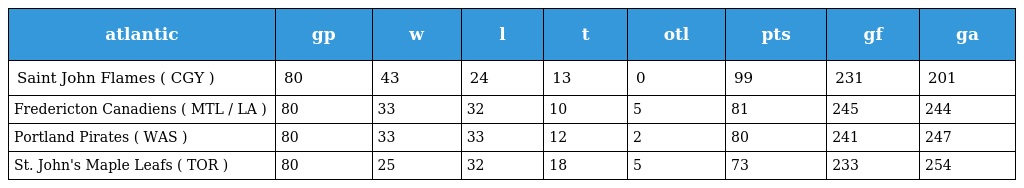
| atlantic | gp | w | l | t | otl | pts | gf | ga |
 | --- | --- | --- | --- | --- | --- | --- | --- | --- |
 | Saint John Flames ( CGY ) | 80 | 43 | 24 | 13 | 0 | 99 | 231 | 201 |
 | Fredericton Canadiens ( MTL / LA ) | 80 | 33 | 32 | 10 | 5 | 81 | 245 | 244 |
 | Portland Pirates ( WAS ) | 80 | 33 | 33 | 12 | 2 | 80 | 241 | 247 |
 | St. John's Maple Leafs ( TOR ) | 80 | 25 | 32 | 18 | 5 | 73 | 233 | 254 |